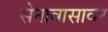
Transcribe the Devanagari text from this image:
सेनावासावर